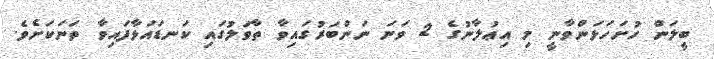
ބީލަން ހުށަހަޅަންވާނީ މި އިޢުލާނުގެ 2 ވަނަ ނަންބަރުގައިވާ ތާވަލުގައި ކަނޑައަޅާފައިވާ ތަނަކަށެވެ.